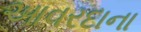
આવરદાના